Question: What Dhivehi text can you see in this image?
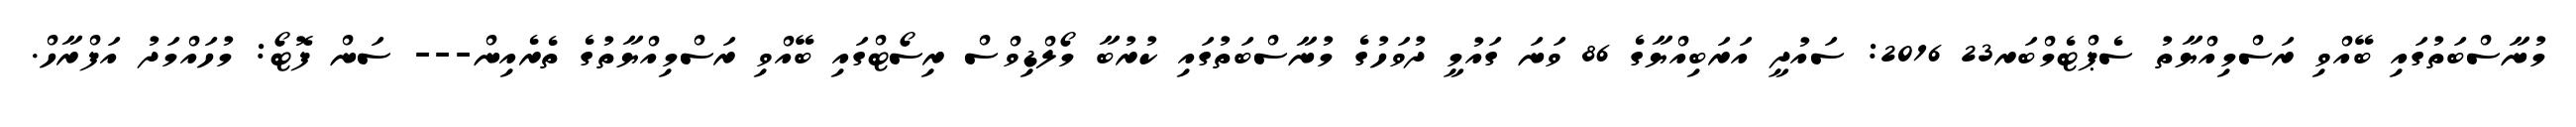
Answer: މުނާސްބަތުގައި ބޭއްވި ރަސްމިއްޔާތު ސެޕްޓެމްބަރ23 2016: ސައުދީ އަރަބިއްޔާގެ 86 ވަނަ ގައުމީ ދުވަހުގެ މުނާސްބަތުގައި ކުރުބާ މޯލްޑިވްސް ރިސޯޓްގައި ބޭއްވި ރަސްމިއްޔާތުގެ ތެރެއިން--- ސަން ފޮޓޯ: މުހައްމަދު އަފްރާހް.